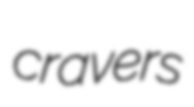
cravers